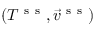
( T ^ { \mathrm { ~ s ~ s ~ } } , \vec { v } ^ { \mathrm { ~ s ~ s ~ } } )